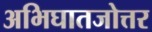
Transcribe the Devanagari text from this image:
अभिघातजोत्तर